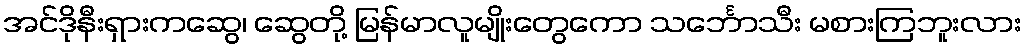
အင်ဒိုနီးရှားကဆွေ၊ ဆွေတို့ မြန်မာလူမျိုးတွေကော သင်္ဘောသီး မစားကြဘူးလား